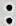
: